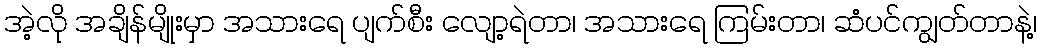
အဲ့လို အချိန်မျိုးမှာ အသားရေ ပျက်စီး လျော့ရဲတာ၊ အသားရေ ကြမ်းတာ၊ ဆံပင်ကျွတ်တာနဲ့၊